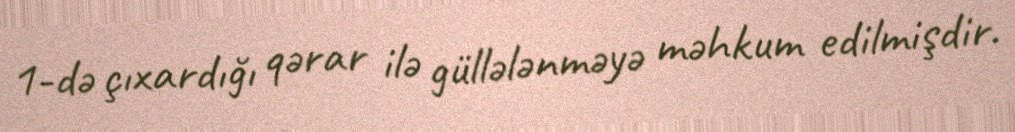
1-də çıxardığı qərar ilə güllələnməyə məhkum edilmişdir.